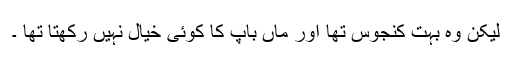
لیکن وہ بہت کنجوس تھا اور ماں باپ کا کوئی خیال نہیں رکھتا تھا ۔